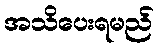
အသိပေးရမည်